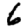
Digit: 6